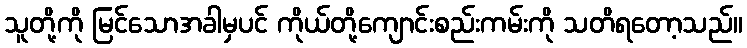
သူတို့ကို မြင်သောအခါမှပင် ကိုယ်တို့ကျောင်းစည်းကမ်းကို သတိရတော့သည်။